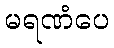
မရဏံပေ